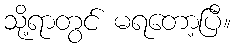
သို့ရာတွင် မရတော့ပြီ။